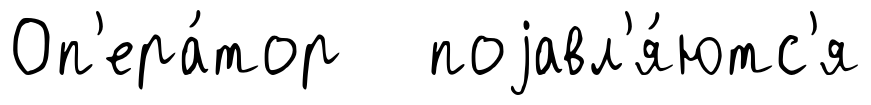
Оп'ера́тор поjавл'я́ютс'я